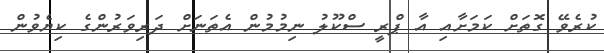
ކުރެވޭ ގޮތަށް ކަމަށާއި އާ ޕްރީ ސްކޫލު ނިމުމުން އެތަނަށް ދަރިވަރުންގެ ކިޔެވުން